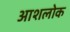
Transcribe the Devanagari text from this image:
आशलोक